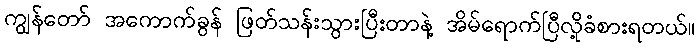
ကျွန်တော် အကောက်ခွန် ဖြတ်သန်းသွားပြီးတာနဲ့ အိမ်ရောက်ပြီလို့ခံစားရတယ်။